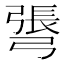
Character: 𢐓